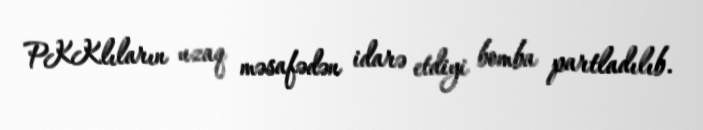
PKKlıların uzaq məsafədən idarə etdiyi bomba partladılıb.